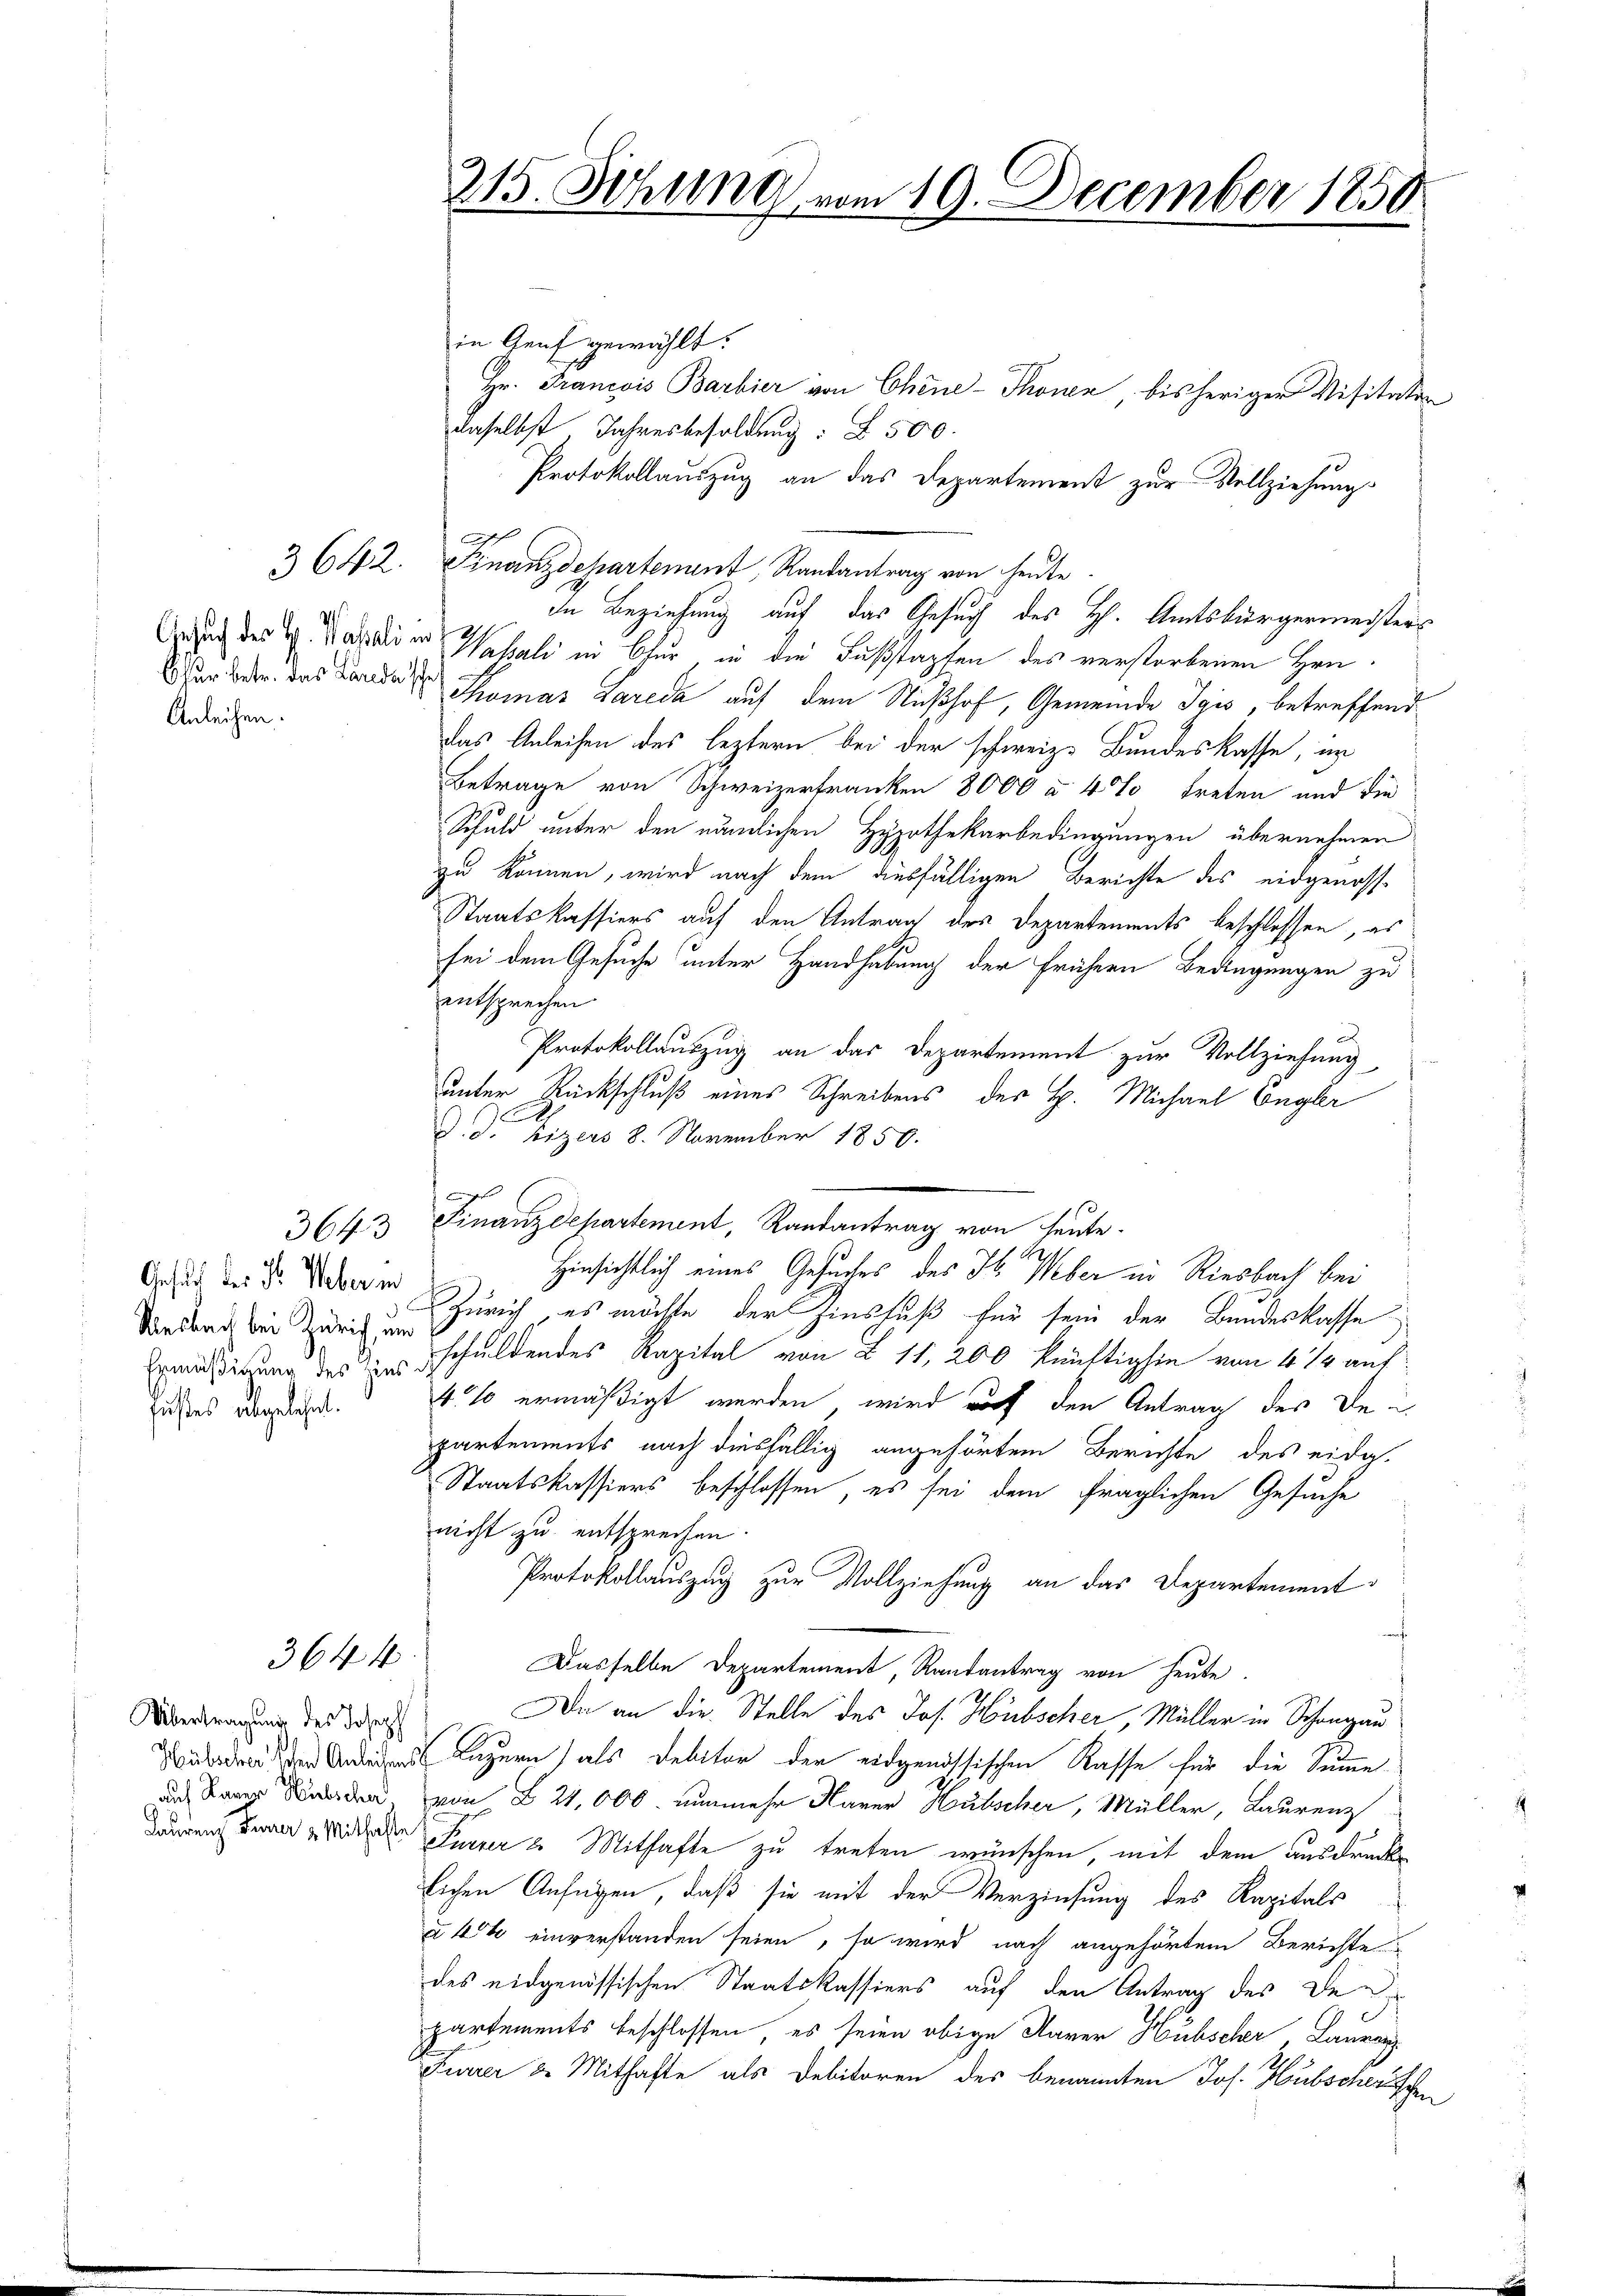
Anleihen.

Gesuch des Dr. Weber in
Riesbach bei Zürich, um
fußes abgelehnt.

3642.

3643

3644

Übertragung des Joseph
auf Kanze Hubscher,

215. Sitzung vom 19. December 1858

in Genf gewählt:
Hr. Francois Barbier von Chine-Thonen, bisheriger Visitation
daselbst Jahresbesoldung: § 500.
Protokollauszug an das Departement zur Vollziehung
f
Finanzdepartement, Randantrag von heute.
In Beziehung auf das Gesuch des H. Amtsbürgermeisters
Gezug des H. Vasalien Wahali in Chur in die Fußstapfen des verstorbenen Hrn.
War der das Bunde der Thomas Lareda auf dem Nichhof, Gemeinde Jgis, betreffend
das Anleihen des leztern bei der schweiz. Bundeskasse, in
Betrage von Schweizertranken 8000 à 4% treten und die
Schuld unter den nämlichen Hypothekarbedingungen übernehmen
zu können, wird nach dem diesfälligen Berichte des eidgenosse
Staatskassiers auf den Antrag des Departements beschlossen, es
sei dem Gesuche unter Handhabung der frühern Bedingungen zu
entsprechen
Protokollauszug an das Departement zur Vollziehung
unter Rückschluß eines Schreibens des H. Michael Engler
d. d. Lizers 8. November 1850.
g
Finanzdepartement, Randantrag von heute.
Hinsichtlich eines Gesuches des Jb. Weber in Riesbach bei
Zürich, es möchte der Zinsfuß für sein der Bundeskasse
Exmsigung des zu schuldendes Kapital von Z 11, 200 künftighin von 4 1/2 auf
4% ermäßigt werden, wird auf den Antrag des Departements nach diesfällig angehörtem Berichte des eidg.
Staatskassiers beschlossen, es sei dem fraglichen Gesuche
nicht zu entsprechen.
Protokollauszug zur Vollziehung an das Departement
Dasselbe Departement Randantrag von heute.
Da an die Stelle des Jos. Hübscher, Müller in Schongau
Luzern als Debitor der eidgenössischen Rasse für die Summe
von § 24,000 nunmehr Marer Hübscher, Müller, Laurenz
dauren Gener Wider Kurzer 2. Mithafte zu treten wünschen, mit dem ausdrucklichen Anfügen, daß sie mit der Verzinsung des Kapitals
à 40% einverstanden seien, so wird nach angehörtem Berichte
des eidgenössischen Staatskassiers auf den Antrag des De
partements beschlossen, es seien obige Marer Hübscher Lauren
Furrer 2. Mithafte als Debitoren des benannten Jos. Hubscherschen